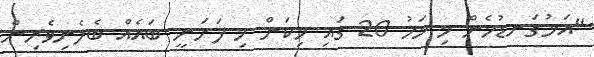
"އަޅުގަނޑުމެން މި މަހު 20 ގައި މިކަން މި ފަށަނީ ބައެއް ބެލެނިވެރިން